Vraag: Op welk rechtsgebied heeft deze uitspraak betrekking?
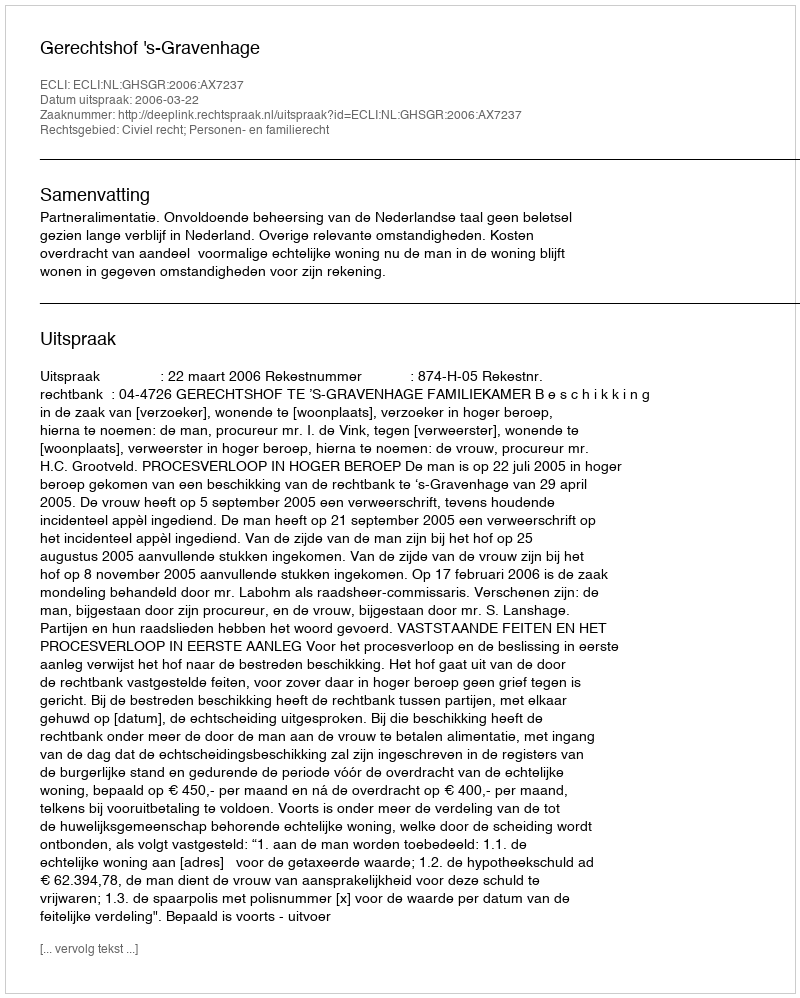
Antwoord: Civiel recht; Personen- en familierecht